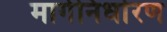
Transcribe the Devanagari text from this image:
मार्गनिर्धारण